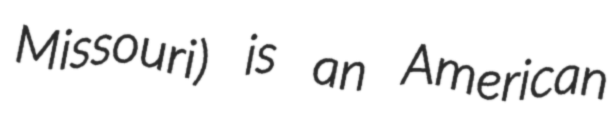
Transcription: Missouri) is an American